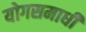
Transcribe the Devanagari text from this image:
योगसमाधी